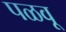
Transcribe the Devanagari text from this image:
पळवू